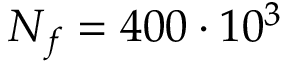
N _ { f } = 4 0 0 \cdot 1 0 ^ { 3 }